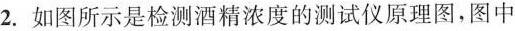
2.如图所示是检测酒精浓度的测试仪原理图，图中